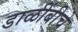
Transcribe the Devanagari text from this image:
डाळींबीचे